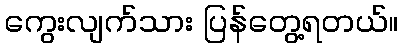
ကွေးလျက်သား ပြန်တွေ့ရတယ်။